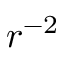
r ^ { - 2 }